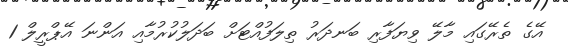
އޭގެ ތެރޭގައި މާލޭ ވިޔަފާރި ބަނދަރު ތިލަފުއްޓަށް ބަދަލުކުރުމާއި އަންނަ އޭޕްރީލް 1